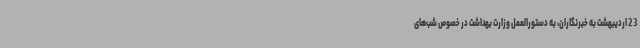
23 اردیبهشت به خبرنگاران، به دستورالعمل وزارت بهداشت در خصوص شب‌های